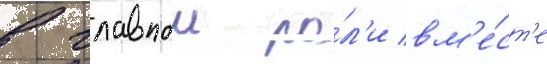
в главнои ро́л'и вм'е́ст'е